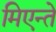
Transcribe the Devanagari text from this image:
मिएन्ते